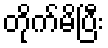
တိုက်မိပြီး